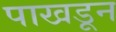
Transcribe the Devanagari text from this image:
पाखडून